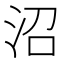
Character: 沼